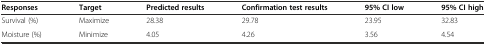
| Responses | Target | Predicted results | Confirmation test results | 95% CI low | 95% CI high |
 | --- | --- | --- | --- | --- | --- |
 | Survival (%) | Maximize | 28.38 | 29.78 | 23.95 | 32.83 |
 | Moisture (%) | Minimize | 4.05 | 4.26 | 3.56 | 4.54 |